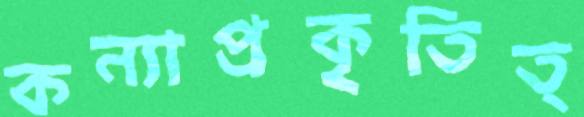
কন্যাপ্রকৃতিত্